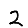
Digit: 2